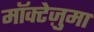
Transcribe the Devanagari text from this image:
मॉक्टेज़ुमा